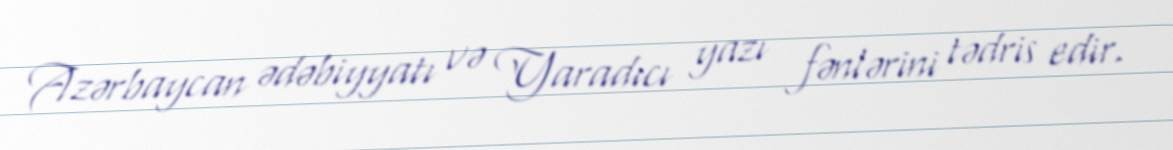
Azərbaycan ədəbiyyatı və Yaradıcı yazı fənlərini tədris edir.